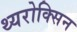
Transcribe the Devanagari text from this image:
थ्यरोक्सिन